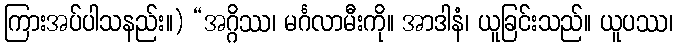
ကြားအပ်ပါသနည်း။) “အဂ္ဂိဿ၊ မင်္ဂလာမီးကို။ အာဒါနံ၊ ယူခြင်းသည်။ ယူပဿ၊